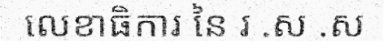
លេខាធិការ នៃ រ .ស .ស